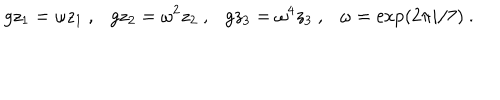
g z _ { 1 } = \omega z _ { 1 } ~ , g z _ { 2 } = \omega ^ { 2 } z _ { 2 } ~ , g z _ { 3 } = \omega ^ { 4 } z _ { 3 } ~ , \omega = \exp ( 2 \pi i / 7 ) ~ .